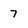
Character: 7